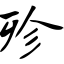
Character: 殄